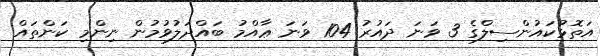
އަތޮޅުކައުންސިލްގެ 3 ވަނަ ދައުރު 104 ވަނަ ޢާއްމު ބައްދަލުވުމުން ނިންމި ކަންތައް